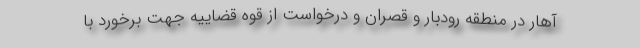
آهار در منطقه رودبار و قصران و درخواست از قوه قضاییه جهت برخورد با